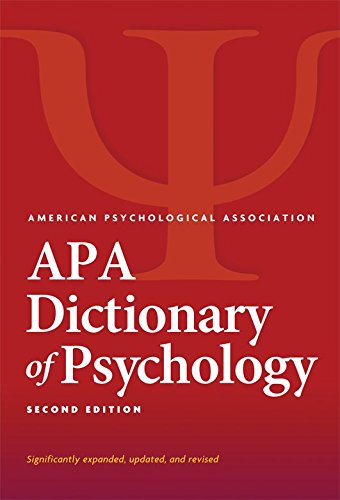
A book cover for APA Dictionary of Psychology; American Psychological Association; Medical Books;